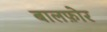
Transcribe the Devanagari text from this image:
बालफ़ोर